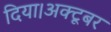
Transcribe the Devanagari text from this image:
दिया।अक्टूबर